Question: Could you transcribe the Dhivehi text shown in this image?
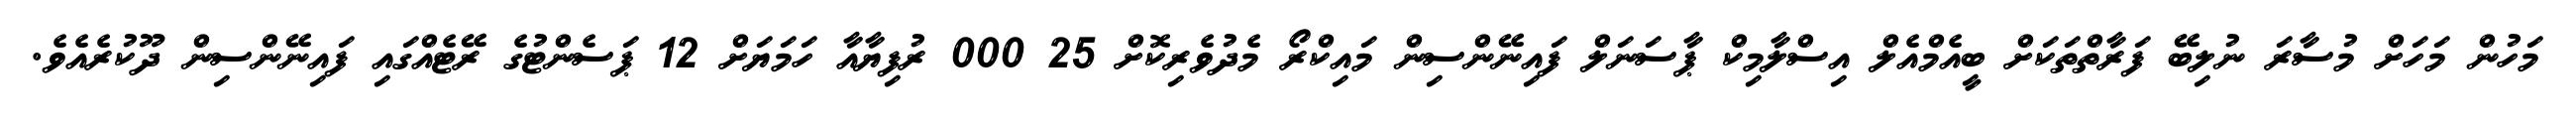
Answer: މަހުން މަހަށް މުސާރަ ނުލިބޭ ފަރާތްތަކަށް ބީއެމްއެލް އިސްލާމިކް ޕާސަނަލް ފައިނޭންސިން މައިކްރޯ މެދުވެރިކޮށް 25 000 ރުފިޔާއާ ހަމަޔަށް 12 ޕަސެންޓުގެ ރޭޓެއްގައި ފައިނޭންސިން ދޫކުރެއެވެ.